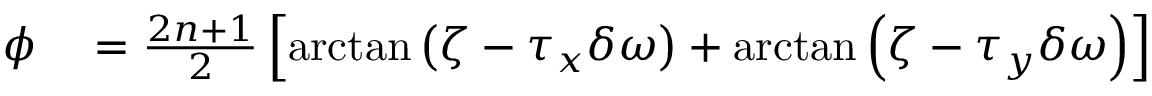
\begin{array} { r l } { \phi } & { { } = \frac { 2 n + 1 } { 2 } \left[ \arctan { \left( \zeta - \tau _ { x } \delta \omega \right) } + \arctan { \left( \zeta - \tau _ { y } \delta \omega \right) } \right] } \end{array}